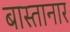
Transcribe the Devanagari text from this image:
बास्तानार